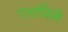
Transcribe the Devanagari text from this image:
एशविले